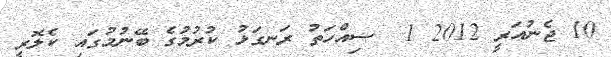
10 ޖެނުއަރީ 2012 1  ސިއްހަތު ރަނގަޅު ކުރުމުގެ ބޭނުމުގައި ކެލޮރީ